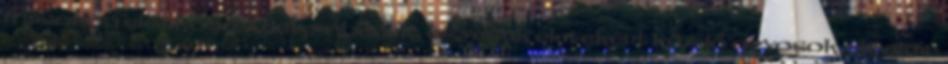
másokon élősködő üzletemberek, egyesek életekért küzdő orvosok, de akár